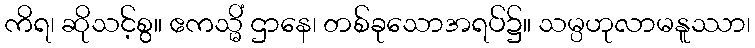
ကိရ၊ ဆိုသင့်စွ။ ဧကသ္မိံ ဌာနေ၊ တစ်ခုသောအရပ်၌။ သမ္ပဟုလာမနူဿာ၊